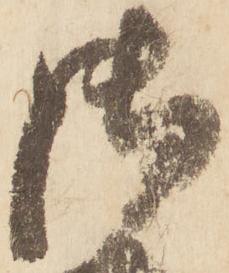
御